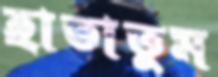
হাতাতুম